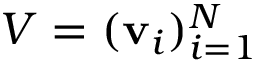
V = ( \mathbf { v } _ { i } ) _ { i = 1 } ^ { N }